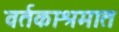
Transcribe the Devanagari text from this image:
वर्तकाश्रमात